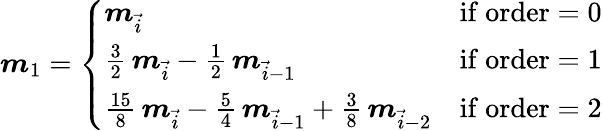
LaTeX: \begin{array}{r}{\boldsymbol{m}_{1}=\left\{ \begin{array}{ll}{\boldsymbol{m}_{\vec{i}}}&{\mathrm{if~order}=0}\\ {\frac{3}{2}\, \boldsymbol{m}_{\vec{i}}-\frac{1}{2}\, \boldsymbol{m}_{\vec{i}-1}}&{\mathrm{if~order}=1}\\ {\frac{15}{8}\, \boldsymbol{m}_{\vec{i}}-\frac{5}{4}\, \boldsymbol{m}_{\vec{i}-1}+\frac{3}{8}\, \boldsymbol{m}_{\vec{i}-2}}&{\mathrm{if~order}=2}\end{array}\right.}\end{array}